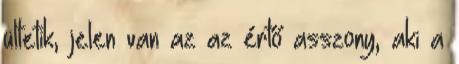
ültetik, jelen van az az értő asszony, aki a